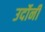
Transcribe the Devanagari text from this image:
उर्दोनी